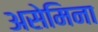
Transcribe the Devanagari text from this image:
असेमिना